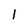
Character: 1